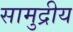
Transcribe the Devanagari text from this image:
सामुद्रीय